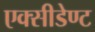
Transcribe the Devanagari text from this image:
एक्सीडेण्ट